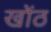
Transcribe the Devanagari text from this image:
खोंठ